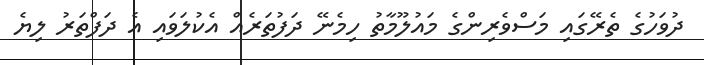
ދުވަހުގެ ތެރޭގައި މަސްވެރިންގެ މައުލޫމާތު ހިމެނޭ ދަފުތަރެއް އެކުލަވައި އެ ދަފްތަރު ލިޔެ